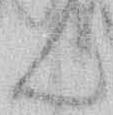
ん